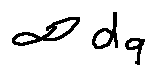
\infty d _ { q }